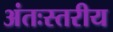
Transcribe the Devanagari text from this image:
अंतःस्तरीय